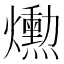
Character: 𤑕